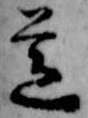
道